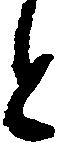
と